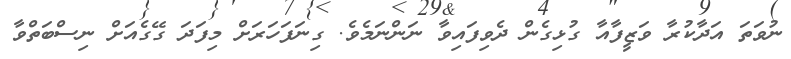
ނުވަތަ އަދާކުރާ ވަޒީފާއާ ގުޅިގެން ދެވިފައިވާ ނަންނަމެވެ. ގިނަފަހަރަށް މިފަދަ ގޭގެއަށް ނިސްބަތްވާ